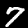
Label: 7